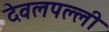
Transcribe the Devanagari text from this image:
देवलपल्ली